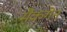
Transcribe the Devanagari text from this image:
मैकगेन